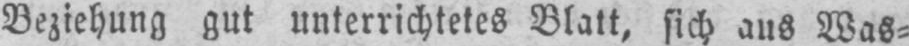
Beziehung gut unterrichtetes Blatt, sich aus Was⸗